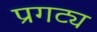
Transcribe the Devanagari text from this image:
प्रगट्य